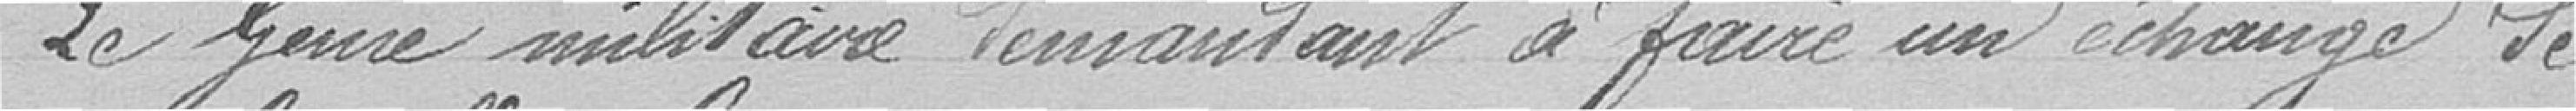
Le Génie militaire demandant à faire échange de